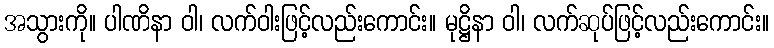
အသွားကို။ ပါဏိနာ ဝါ၊ လက်ဝါးဖြင့်လည်းကောင်း။ မုဋ္ဌိနာ ဝါ၊ လက်ဆုပ်ဖြင့်လည်းကောင်း။